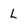
Character: L